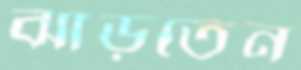
ঝাড়তেন